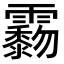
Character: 𩆲